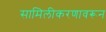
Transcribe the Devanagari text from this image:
सामिलीकरणावरून